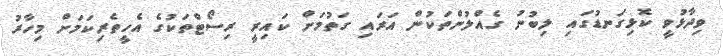
ވިދާޅުވީ ކޮޅިގަނޑުގައި ލިބުނު ގެއްލުންތަކުން އަރައި ގަތުމަށް ކައިރީ ރިސޯޓްތަކުގެ އެހީތެރިކަމަށް މިހާރު